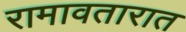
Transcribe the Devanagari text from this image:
रामावतारात